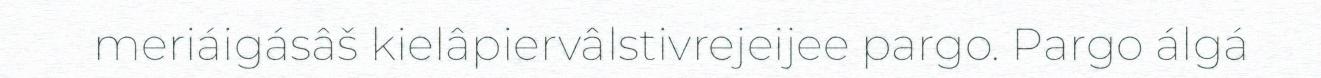
meriáigásâš kielâpiervâlstivrejeijee pargo. Pargo álgá